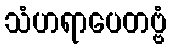
သံဟရာပေတဗ္ဗံ